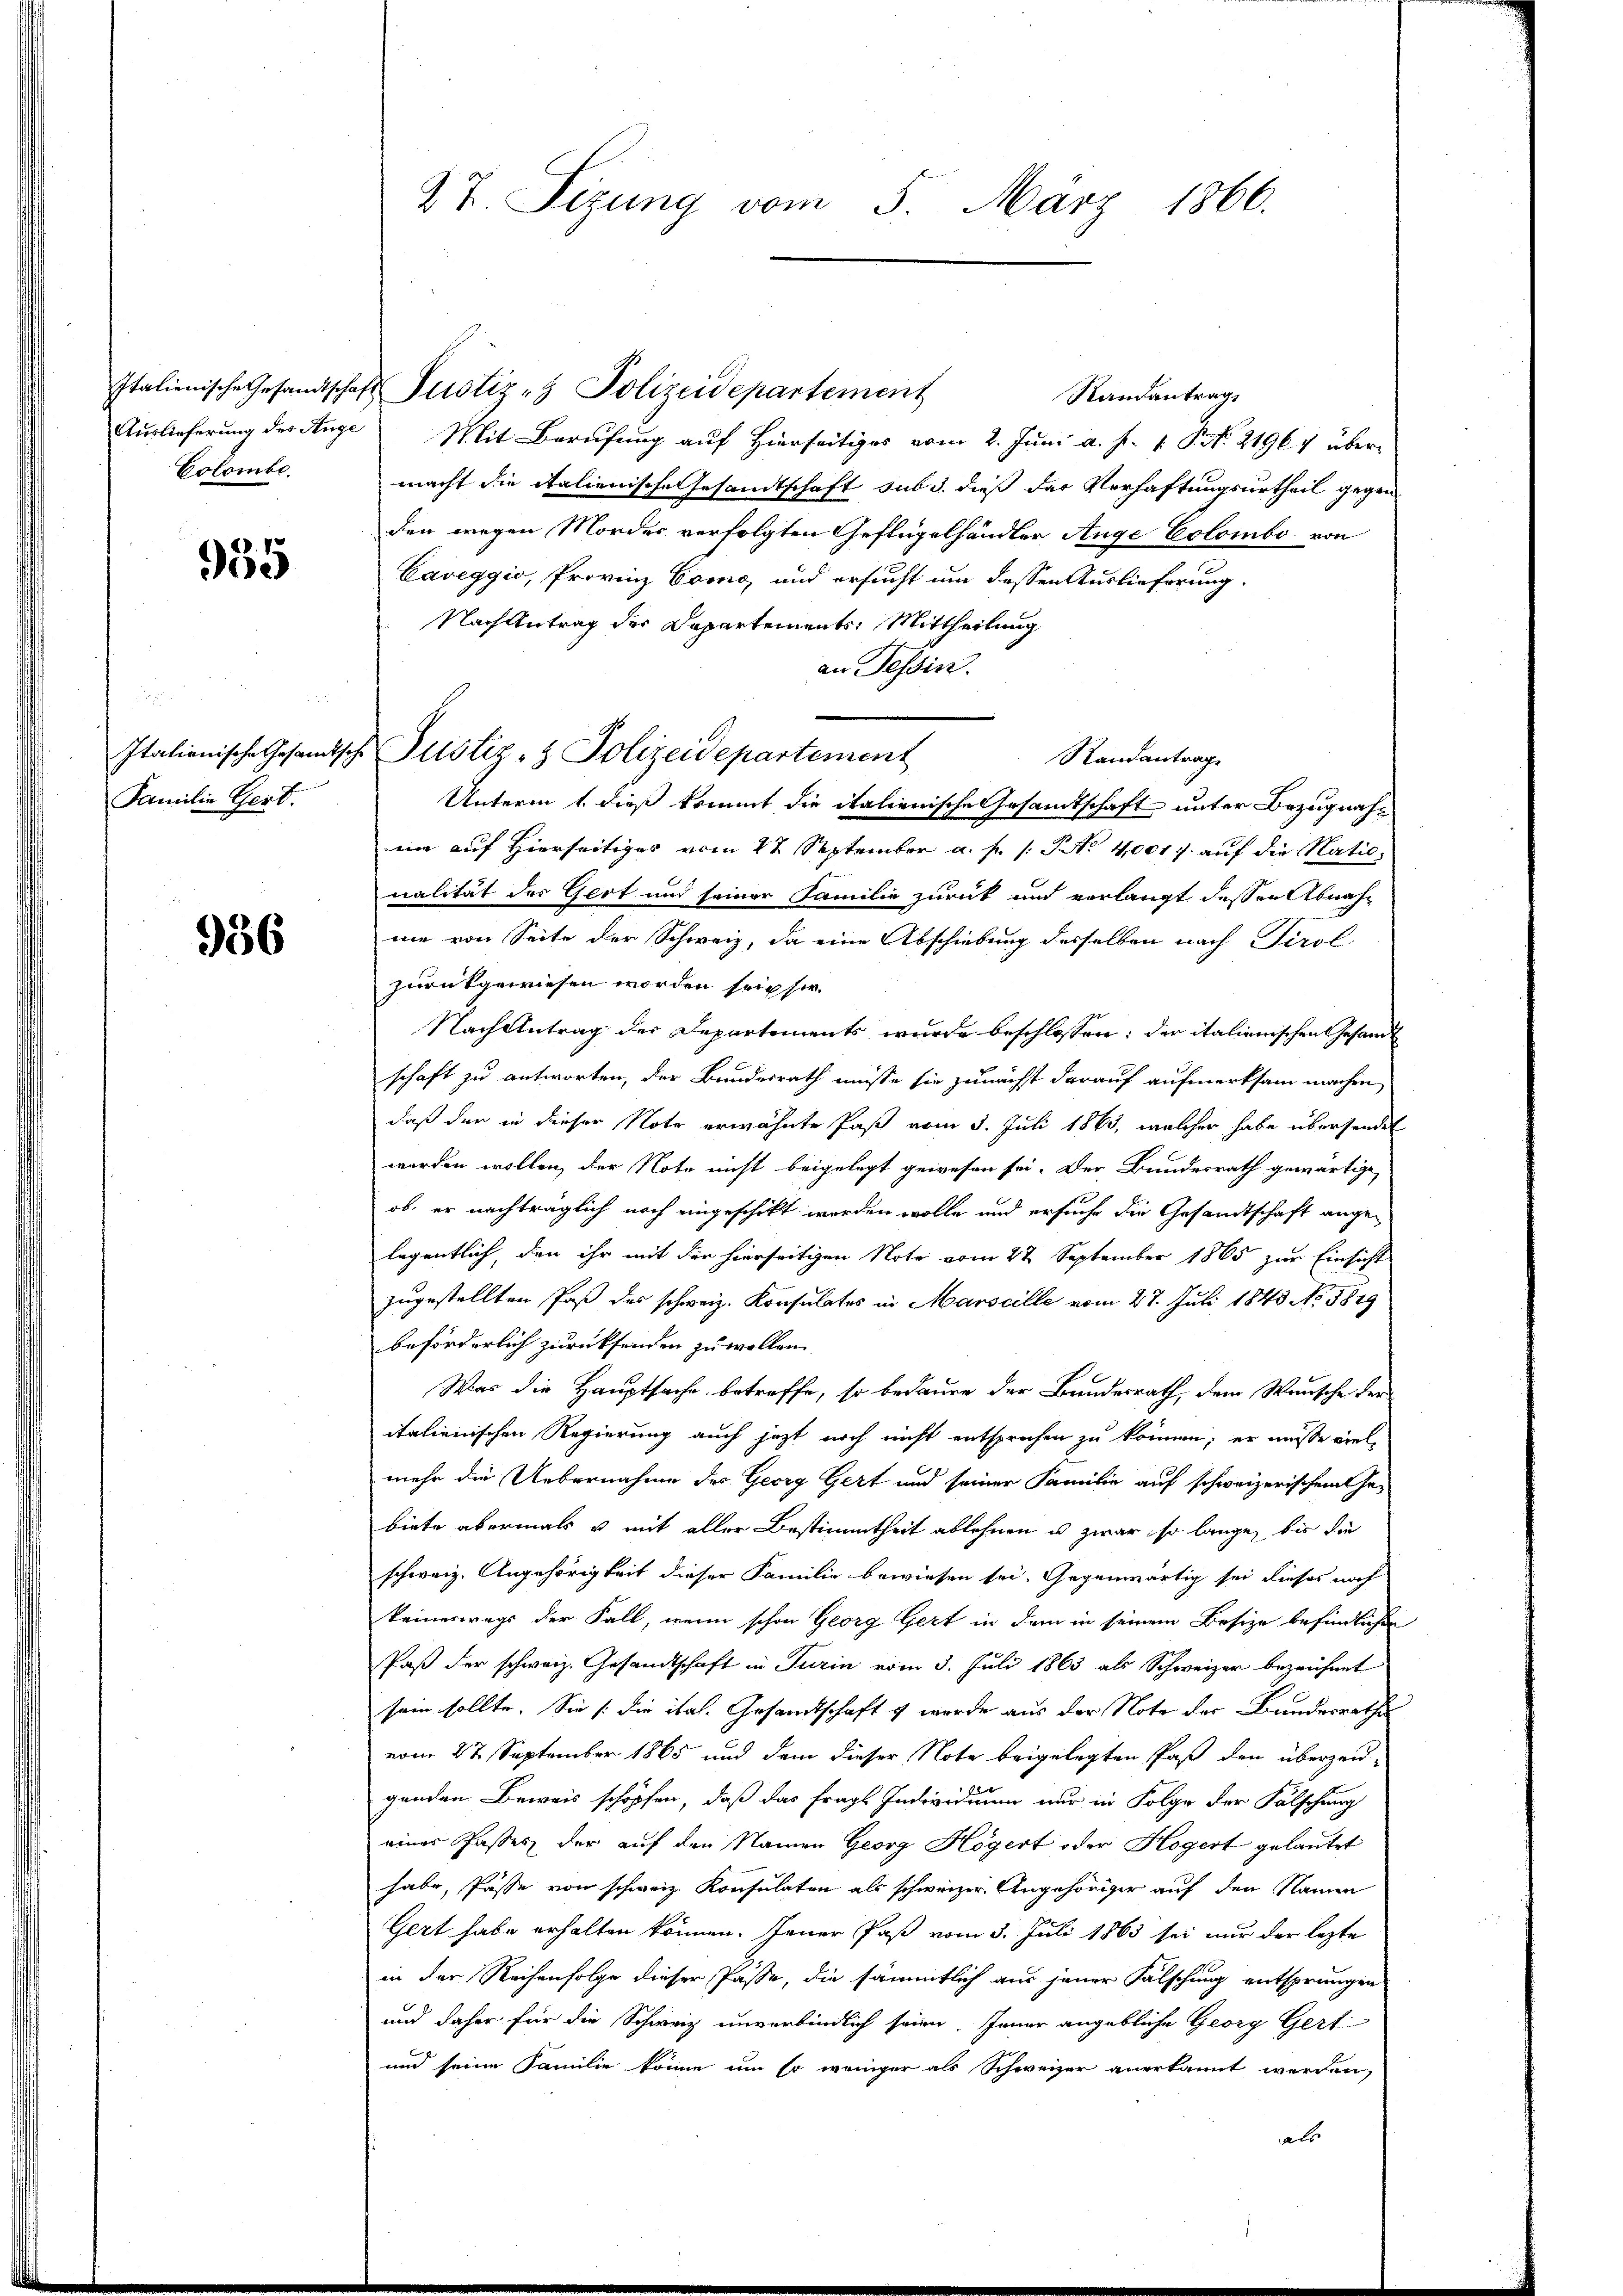
Colombe

955

Familie Gert.

956

Italienische Gesandtschaft Pustiz & Polizeidepartement
Randantrag
Auslieferung des Auge Mit Berufung auf Hierseitiges vom 2. Juni a. f. 1 Pkt. 21967 übermacht die italienische Gesandtschaft sub d. dieß der Verhaftungsurtheil gegenden wegen Mordes verfolgten Geflügelhändler Auge Colombo. von
Caveggio, Provinz Como, und ersucht um dessen Auslieferung.
Nach Antrag der Departements Mittheilung
an Tessin.
e
Randantrag
Unterin 1. dieß kommt, die italienische Gesamtschaft unter Bezugnahnn auf Hierseitiges vom 27 September a. f. (: P. No 40017. auf die Nationalität der Gert und seiner Familie zurück und verlangt dessen Abnahme von Seite der Schweiz, da eine Abschiebung desselben nach Tirol
zurückgewiesen worden sein sie.
Nach Antrag der Departements wurde beschlossen: der italienischen Gesandt
schaft zu antworten, der Bundesrath müsse sie zunächst darauf aufmerksam machen,
daß der in dieser Note erwähnte Past vom 5. Juli 1863, welcher habe übersendet
worden wollen, der Note nicht beigelegt gewesen sei. Der Bundesrath gewärtige,
ob, er nachträglich noch eingeschickt werden wolle und ersuche die Gesandtschaft angelegentlich, den ihr mit der hierseitigen Note vom 22. September 1865 zur Einsicht
zugestellten Paß des schweiz. Konsulates in Marseille vom 27. Juli 1843 No 3 849
beförderlich zurücksenden zu wollen
Was die Hauptsache betreffe, so bedaure der Bundesrath, dem Wunsche der
italienischen Regierung auch jetzt noch nicht entsprochen zu können; er müsse viele
mehr die Uebernahme des Georg Gert und seiner Familie auf schweizerischen Gebiete abermals u. mit aller Bestimmtheit ablehnen u zwar so lange, bis die
schweiz. Angehörigkeit dieser Familie bewiesen sei. Gegenwärtig sei dieses noch
keineswegs der Fall, wenn schon Georg Gert in dem in seinem Besize befindlichen
Paß der schweiz. Gesandtschaft in Turin vom 3. Juli 1863 als Schweizer bezeichnet
sein sollte. Sie /: die ital. Gesandtschaft & wurde aus der Note des Bundesrathe
vom 27. September 1865 und dem dieser Note beigelegten Paß den überzeigenden Beweis schöpfen, daß das frage Individuum nur in Folge der Fälschung
einer Passes der auf den Namen Georg Högert oder Högert gelautet
habe, Pässe von schweiz. Konsulaten als schweizer Angehöriger auf den Namen
Gert habe erhalten können. Jener Paß vom 3. Juli 1863 sei nur der lezte
in der Reichenfolge dieser Pässe, die sämmtlich aus jener Falschung entsprungen
und daher für die Schweiz unverbindlich seien. Jener angebliche Georg Gert
und seine Familie könne um so weniger als Schweizer anerkannt werden,
als

27. Sizung vom 5. März 1866.

Italienische Gesandtsche Justiz- & Polizeidepartement